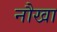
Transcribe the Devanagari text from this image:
नौखा